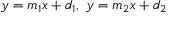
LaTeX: y = m _ { 1 } x + d _ { 1 } , \ y = m _ { 2 } x + d _ { 2 }